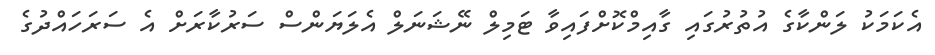
އެކަމަކު ލަންކާގެ އުތުރުގައި ގާއިމްކޮށްފައިވާ ޓަމިލް ނޭޝަނަލް އެލަޔަންސް ސަރުކާރަށް އެ ސަރަހައްދުގެ